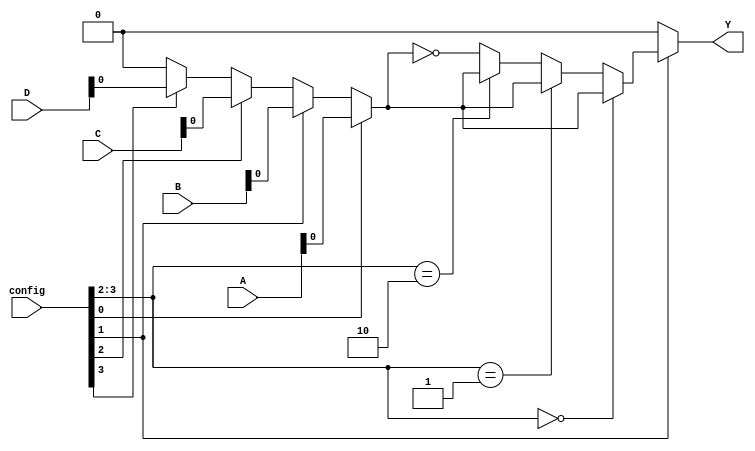
module CLB (
    input wire [3:0] A,     // 4-bit input
    input wire [3:0] B,     // 4-bit input
    input wire [3:0] C,     // 4-bit input
    input wire [3:0] D,     // 4-bit input
    input wire [3:0] config, // Configuration input for selecting the logic function
    output wire Y           // Output
);

// SRAM-based configuration storage
reg [3:0] SRAM [0:15]; // Example: 16 SRAM cells for configuration
integer i;

// MUX Selection
wire [3:0] mux_out; // MUX output
wire [3:0] selected_inputs;

// Assign selected inputs based on configuration
assign selected_inputs = (config[0]) ? A :
                         (config[1]) ? B :
                         (config[2]) ? C :
                         (config[3]) ? D : 4'b0000; // Default to 0

// MUX Logic
assign mux_out = (config[3:2] == 2'b00) ? selected_inputs : // Direct pass
                 (config[3:2] == 2'b01) ? selected_inputs & selected_inputs : // AND
                 (config[3:2] == 2'b10) ? selected_inputs | selected_inputs : // OR
                 ~selected_inputs; // NOT

// Output Logic
assign Y = (config[1]) ? (mux_out) : 1'b0; // Example output selection

// Configuration Interface (For Simulation Only)
initial begin
    // Default configuration for demonstration purposes
    for (i = 0; i < 16; i = i + 1) begin
        SRAM[i] = 4'b0000; // Initialize SRAM with 0
    end

    // Example of programming SRAM cells
    SRAM[0] = 4'b0001; // Example: AND function configuration
    SRAM[1] = 4'b0010; // Example: OR function configuration
    SRAM[2] = 4'b0011; // Example: XOR function configuration
    // ... configure other SRAM cells as needed
end

// Built-in Self-Test (BIST) example (simplified)
task BIST;
    // This task could implement a simple test for the functionality
    // of the CLB after configuration.
    // Implementation of actual testing logic would go here.
endtask

endmodule